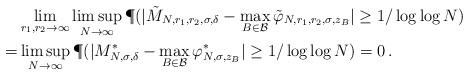
LaTeX: \begin{align*}&\lim_{r_1, r_2\to \infty} \limsup_{N\to \infty} \P(|\tilde M_{N,r_1, r_2, \sigma, \delta} - \max_{B\in \mathcal B} \tilde\varphi_{N, r_1, r_2, \sigma, z_B} | \geq 1/\log\log N) \\=& \limsup_{N\to \infty} \P( |M^*_{N, \sigma, \delta} - \max_{B\in \mathcal B} \varphi^*_{N, \sigma, z_B} | \geq 1/\log\log N) = 0\,.\end{align*}